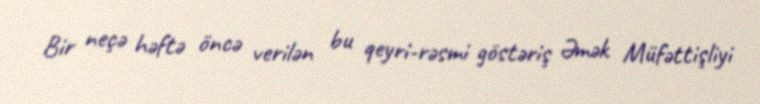
Bir neçə həftə öncə verilən bu qeyri-rəsmi göstəriş Əmək Müfəttişliyi